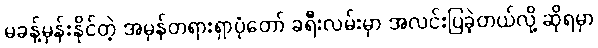
မခန့်မှန်းနိုင်တဲ့ အမှန်တရားရှာပုံတော် ခရီးလမ်းမှာ အလင်းပြခဲ့တယ်လို့ ဆိုရမှာ